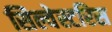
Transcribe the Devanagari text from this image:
सिल्वेस्टरिस